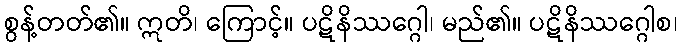
စွန့်တတ်၏။ ဣတိ၊ ကြောင့်။ ပဋိနိဿဂ္ဂေါ၊ မည်၏။ ပဋိနိဿဂ္ဂေါစ၊